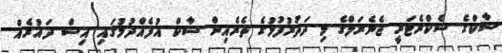
ސާކްގެ ސެކްރެޓަރީ ޖެނެރަލްގެ މި ދަތުރުފުޅުގެ ތެރެއިން ސާކް އުފެއްދުމުގައި އިސް ދައުރެއް